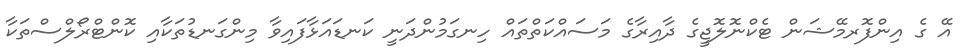
އޭ ގެ އިންފޮރމޭޝަން ޓެކްނޮލޮޖީގެ ދާއިރާގެ މަސައްކަތްތައް ހިނގަމުންދަނީ ކަނޑައަޅާފައިވާ މިންގަނޑުތަކާއި ކޮންޓްރޯލްސްތަކާ